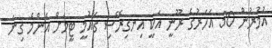
އުމުރުން 30 އަހަރުގެ ރޫނީ އަކީ އިނގިރޭސި ގައުމީ ޓީމަށް އެންމެ ގިނަ